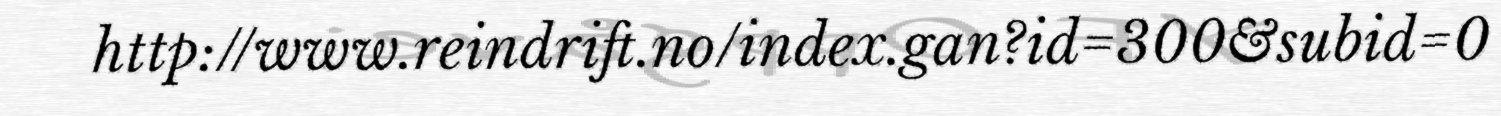
http://www.reindrift.no/index.gan?id=300&subid=0